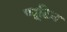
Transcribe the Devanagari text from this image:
प्यूटिन